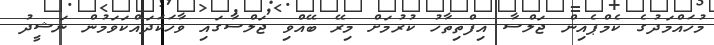
މުހައްމަދުގެ ކެމްޕެއިން ޖަލްސާ އިފްތިތާހު ކުރުމަށް މިރޭ ބޭއްވި ޖަލްސާގައި ވާހަކަދައްކަވަމުން ނަޝީދު